Plague in India, 1896, 1897 - Volume 2
Year: 1896
Disease focus: Plague
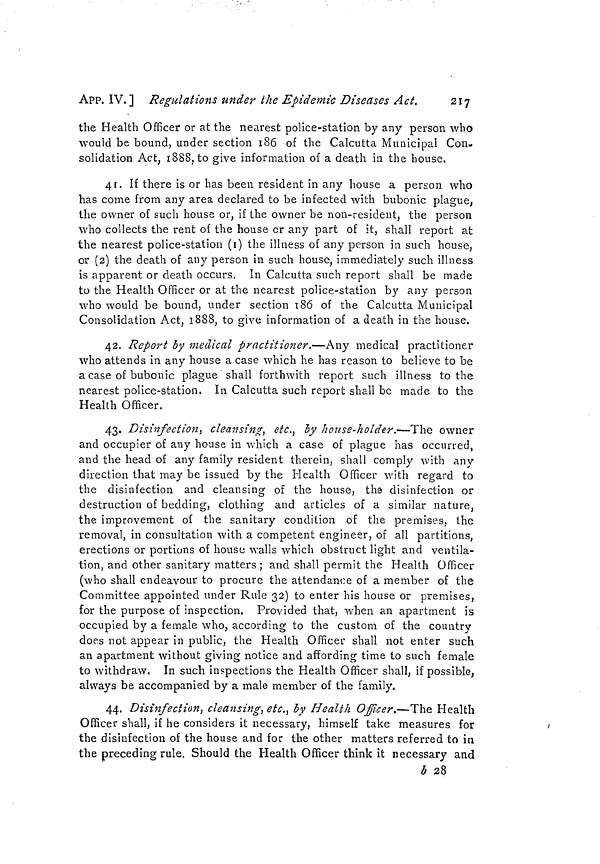
260
Measures to prevent the
[ APP. IX.
No. 77.
No. 820-322-P., dated Bombay Castle, the 5th February 1897.
NOTIFICATION.—By the Government of Bombay, General Department
The following rules have been prescribed by His Excellency the
Governor in Council in accordance with the Epidemic Diseases Act
of 1897:—
1. No vessel shall leave the Port of Karachi until she has been
inspected by the Health Officer of the Port and the master
or person in charge of such vessel has obtained a Bill of
Health or certificate from such officer that the master or
person in charge, officers, crew and passengers (if any) of
such vessel are free from any dangerous epidemic disease.
2. Should the Health Officer of the Port be cf opinion that any
person on board of any vessel so inspected is suffering from
a dangerous epidemic disease, he shall refuse to give a Bill
of Health or certificate as aforesaid unless and until such
person is removed from the vessel.
3. After the master or person in charge of the vessel has obtained
any Bill of Health or certificate under the provisions of
these rules no person or cargo shall be admitted or taken on
board such vessel before she leaves the Port of Karachi
unless such vessel is again inspected by the Health Officer of
the Port and another Bill of Health or certificate obtained
from such officer by the master or person in charge of such
vessel.
4. No Port Clearance shall be delivered to any vessel unless and
until the master or person in charge thereof shall produce
the Bill of Health or certificate so to be obtained as afore-
said, and it shall be the duty of Customs officers fco refuse
delivery of the Port Clearance without the production of
such Bill of Health or certificate.
5. All steamers and square-rigged vessels will be inspected by the
Health Officer before leaving the wharves or moorings, and
all coasting craft shall anchor between and to the west of
No. 1 mooring and deep-water point for the purpose of being
medically inspected by the Health Officer of the Port on the
eve of their departure.
5, Vessels not leaving port within 24 hours after receiving
pratique may not leave without re-inspection. The date
and hour of his inspection will be noted in the Bill of Health
by the Health Officer.
7. The medical inspection of vessels and passengers shall be
carried out between sunrise and sunset.